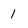
Character: l